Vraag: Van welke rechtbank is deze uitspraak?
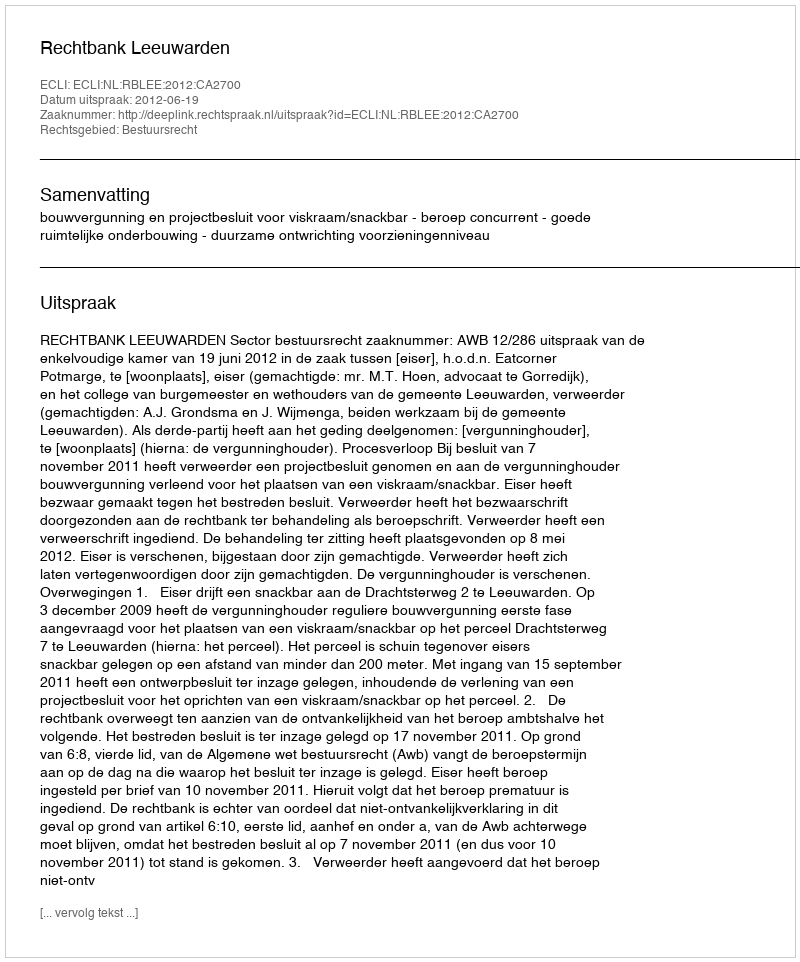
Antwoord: Rechtbank Leeuwarden